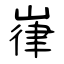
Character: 嵂